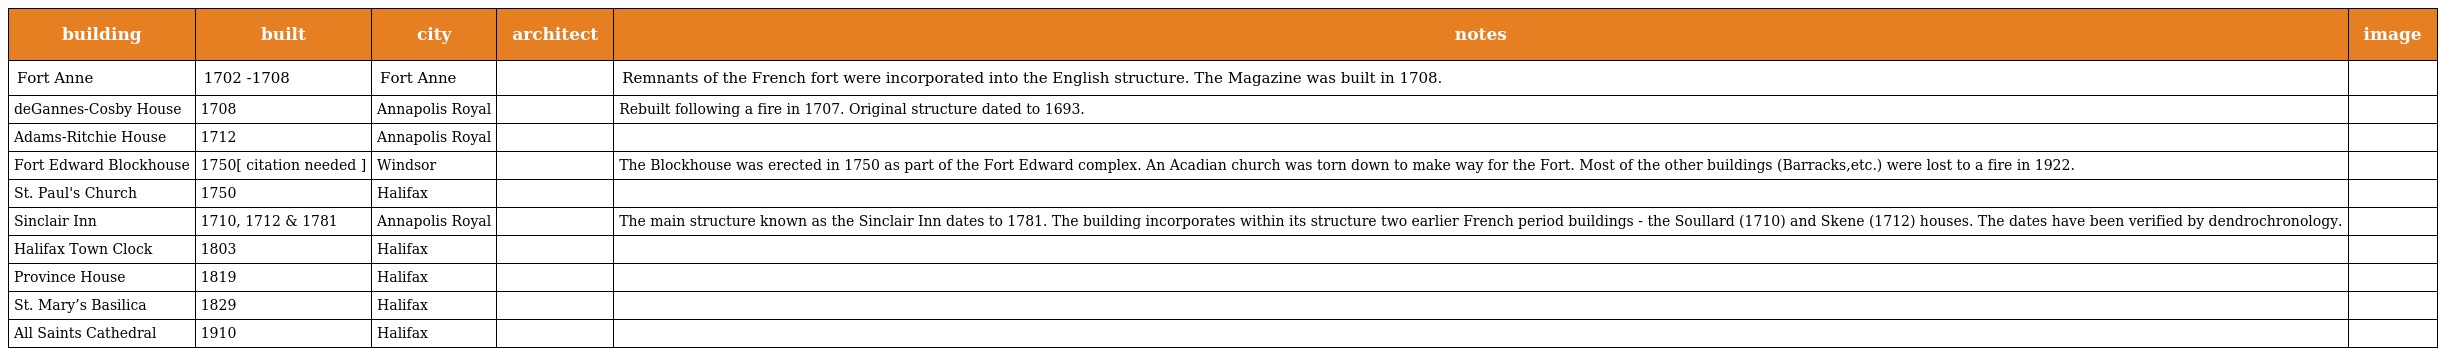
| building | built | city | architect | notes | image |
 | --- | --- | --- | --- | --- | --- |
 | Fort Anne | 1702 -1708 | Fort Anne |  | Remnants of the French fort were incorporated into the English structure. The Magazine was built in 1708. |  |
 | deGannes-Cosby House | 1708 | Annapolis Royal |  | Rebuilt following a fire in 1707. Original structure dated to 1693. |  |
 | Adams-Ritchie House | 1712 | Annapolis Royal |  |  |  |
 | Fort Edward Blockhouse | 1750[ citation needed ] | Windsor |  | The Blockhouse was erected in 1750 as part of the Fort Edward complex. An Acadian church was torn down to make way for the Fort. Most of the other buildings (Barracks,etc.) were lost to a fire in 1922. |  |
 | St. Paul's Church | 1750 | Halifax |  |  |  |
 | Sinclair Inn | 1710, 1712 & 1781 | Annapolis Royal |  | The main structure known as the Sinclair Inn dates to 1781. The building incorporates within its structure two earlier French period buildings - the Soullard (1710) and Skene (1712) houses. The dates have been verified by dendrochronology. |  |
 | Halifax Town Clock | 1803 | Halifax |  |  |  |
 | Province House | 1819 | Halifax |  |  |  |
 | St. Mary’s Basilica | 1829 | Halifax |  |  |  |
 | All Saints Cathedral | 1910 | Halifax |  |  |  |